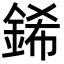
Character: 䤭